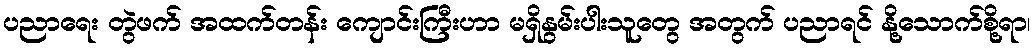
ပညာရေး တွဲဖက် အထက်တန်း ကျောင်းကြီးဟာ မရှိနွမ်းပါးသူတွေ အတွက် ပညာရင် နို့သောက်စို့ရာ၊